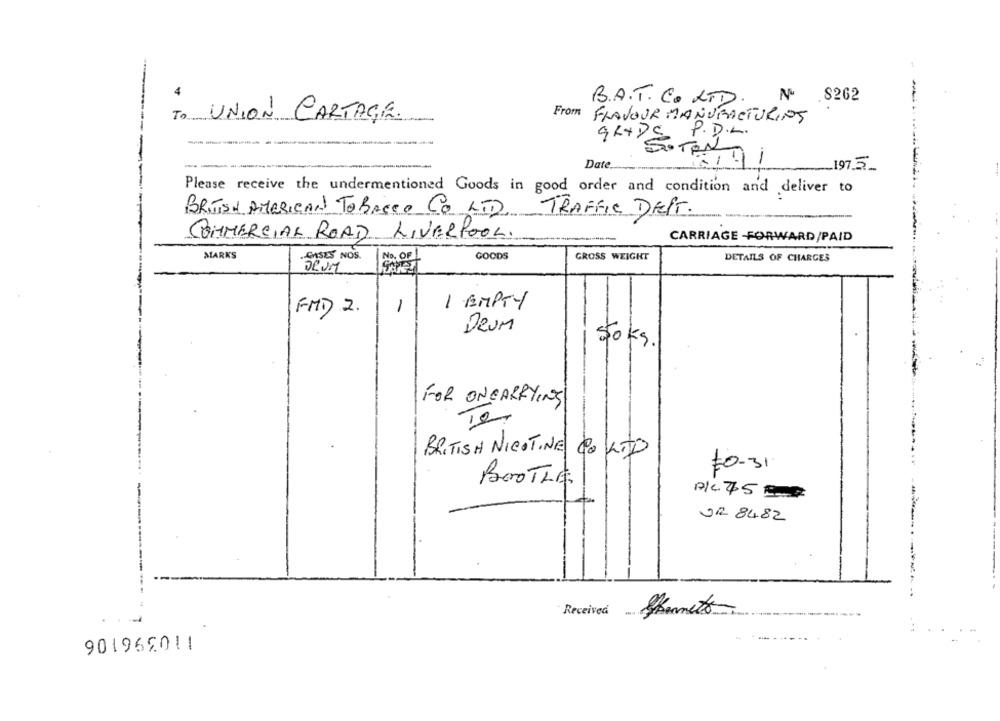
4
B.A.T. C. LTD.
.8262
UNION CARTAGE.
From FLAVOUR MANUFACTURIOS
P.D.L.
SOTEN
-
Date.
8/91
__ 197.5_
Please receive the undermentioned Goods in good order and condition and deliver to
BRITISH AMERICAN TOBACCO CO LTD TRAFFIC DEPT.
COMMERCIAL ROAD LIVERPOOL.
CARRIAGE -FORWARD/PAID
MARKS
GASES NOS.
No. OF
GOODS
GROSS WEIGHT
DETAILS OF CHARGES
DRUM
1 EMPTY
FMD 2.
1
---
DRUM
50kg.
FOR ONCARRYING
10
BRITISH NICOTINE do KTO
#0-31
BOOTLE
AKC45=
UR 84.82
------
Received
Skomento
901966011